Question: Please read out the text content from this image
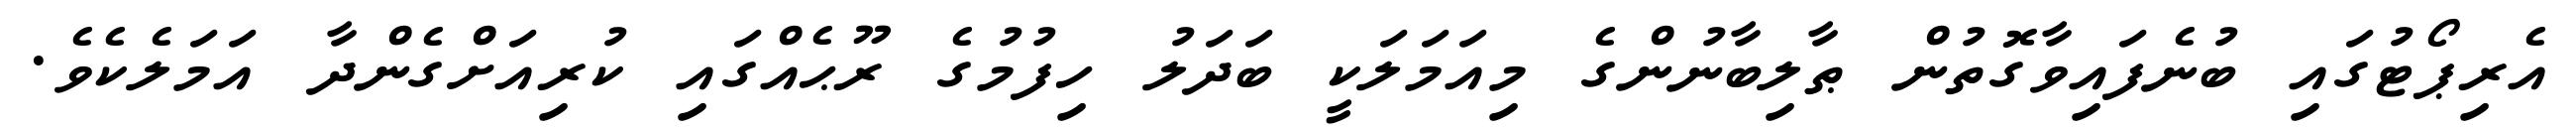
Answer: އެރިޕޯޓުގައި ބުނެފައިވާގޮތުން ޠާލިބާނުންގެ މިއަމަލަކީ ބަދަލު ހިފުމުގެ ރޫޙެއްގައި ކުރިއަށްގެންދާ އަމަލެކެވެ.